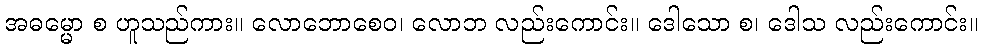
အဓမ္မော စ ဟူသည်ကား။ လောဘောစေဝ၊ လောဘ လည်းကောင်း။ ဒေါသော စ၊ ဒေါသ လည်းကောင်း။